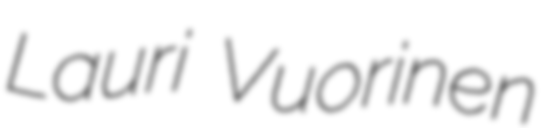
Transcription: Lauri Vuorinen